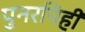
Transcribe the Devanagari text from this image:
पुनरपिही